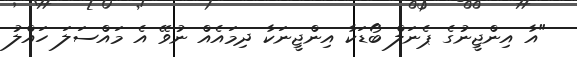
"އާ އިންޖީނުގެ ޕެނަލް ބޯޑަކާ އިންޖީނަކާ ދިމައެއް ނުވޭ އެ މައްސަލަ ހައްލު